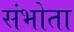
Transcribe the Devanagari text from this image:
संभोता